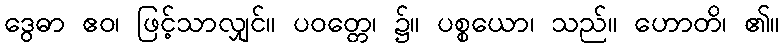
ဒွေဓာ ဧဝ၊ ဖြင့်သာလျှင်။ ပဝတ္တေ၊ ၌။ ပစ္စယော၊ သည်။ ဟောတိ၊ ၏။